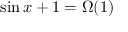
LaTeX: \sin x + 1 = \Omega ( 1 )